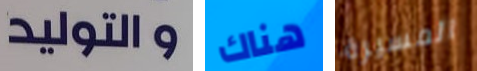
والتوليد هناك المسيرة